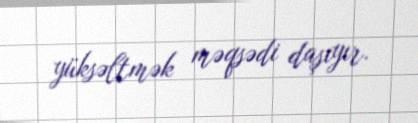
yüksəltmək məqsədi daşıyır.